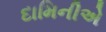
દામિનીએ